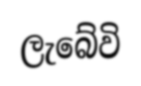
ලැබේවි